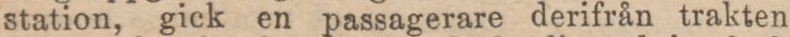
station, gick en passagerare derifrån trakten